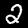
Digit: 2